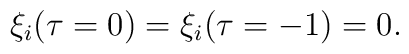
\xi_{i} ( \tau = 0 ) = \xi_{i} ( \tau = -1 ) = 0.